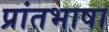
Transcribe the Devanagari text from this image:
प्रांतभाषा